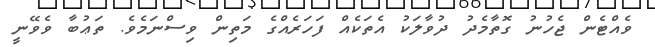
ވެއްޓެން ޖެހުނު ގޮތާމެދު ދުވާލަކު އެތަކެއް ފަހަރެއްގެ މަތިން ވިސްނަމެވެ. ތަޢުބާ ވެވޭނީ